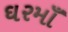
ઘરમાઁ